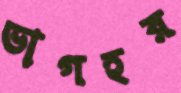
ভাগহর